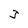
Character: 3